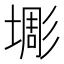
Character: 𱗱